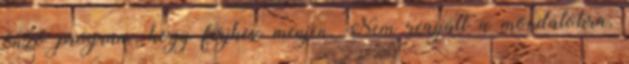
önző program, hogy férjhez menjen. Nem reagált a mondatokra,